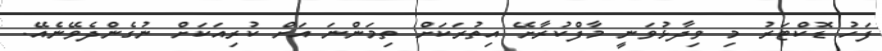
ފަހު ޑޮކްޓަރު މި ވިދާޅުވަނީ މާފްކުރާށޭ އިތުރަކަށް ތިމަންނަ އަށް ކުރިއަކަށް ނުގެންދެވޭނެއޭ.